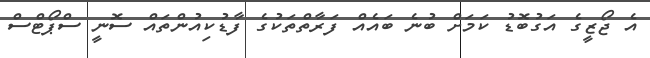
އެ ޖޯޒީގެ އަގުބޮޑު ކަމަށް ބުނެ ބައެއް ފަރާތްތަކުގެ ފާޑުކިއުންތައް ސޮނީ ސްޕޯޓްސް